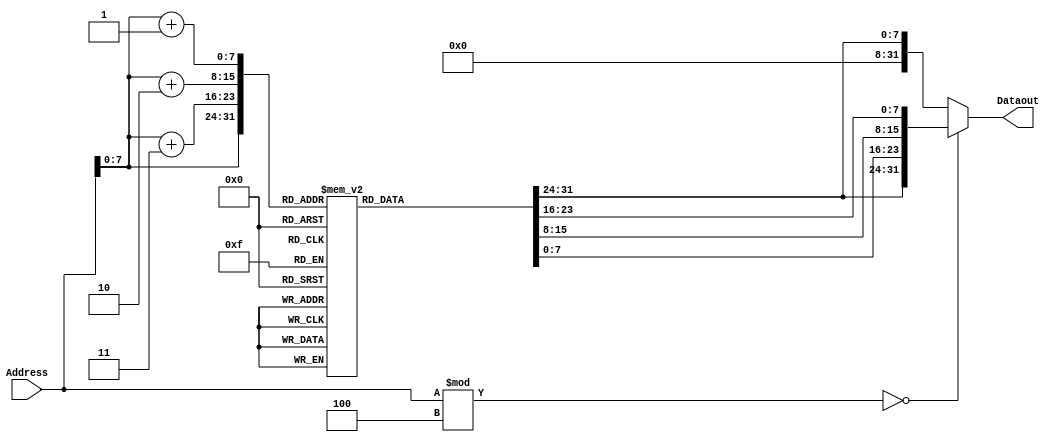
//Instruction memory
module Instr_Mem(output reg [31:0] Dataout,  input [31:0] Address);
    reg[7:0] Memory[0:255];
   
    always@(Address)
        if(Address % 4 == 0)
            Dataout <= {Memory[Address], Memory[Address + 1], Memory[Address + 2], Memory[Address + 3]};
        else
            Dataout <= Memory[Address];    
endmodule

//Data Memory
module data_memory(output reg[31:0] Dataout, input[31:0] data_input, input[31:0] Address, input [1:0] size, input en_mem, R_W_en);
    reg[7:0] Memory[0:255]; 
    
    always@(Dataout, Address, data_input, size, en_mem, R_W_en) 
        if(en_mem) begin
            case(size)
                2'b00: begin 
                    if(!R_W_en) begin 
                        Memory[Address] <= data_input[31:24];
                        Memory[Address + 1] <= data_input[23:16];
                        Memory[Address + 2] <= data_input[15:8]; 
                        Memory[Address + 3] <= data_input[7:0];  
                    end 
                    else 
                        Dataout = {Memory[Address], Memory[Address + 1], Memory[Address + 2], Memory[Address + 3]};          
                end
                2'b01: begin 
                    if(!R_W_en) 
                        Memory[Address] = data_input;
                     else  
                        Dataout = Memory[Address];
                end
                2'b10: begin 
                    if(!R_W_en) begin 
                        Memory[Address] = data_input[15:8]; 
                        Memory[Address + 1] = data_input[7:0]; 
                    end 
                    else  
                        Dataout = {Memory[Address+0], Memory[Address+1]};   
                end        
            endcase
        end 
        else 
            Dataout = 32'b00000000000000000000000000000000;
endmodule